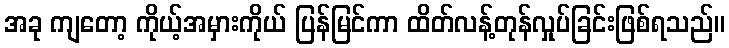
အခု ကျတော့ ကိုယ့်အမှားကိုယ် ပြန်မြင်ကာ ထိတ်လန့်တုန်လှုပ်ခြင်းဖြစ်ရသည်။